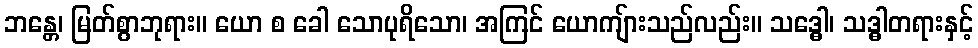
ဘန္တေ၊ မြတ်စွာဘုရား။ ယော စ ခေါ သောပုရိသော၊ အကြင် ယောကျ်ားသည်လည်း။ သဒ္ဓေါ၊ သဒ္ဓါတရားနှင့်